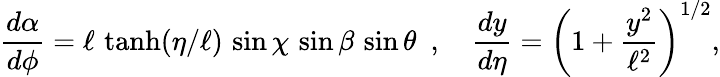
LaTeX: \frac{d\alpha}{d\phi}=\ell\, \operatorname{tanh}(\eta/\ell)\, \sin\chi\, \sin\beta\, \sin\theta\, \, \, ,\, \, \, \, \, \, \frac{dy}{d\eta}=\left(1+\frac{y^{2}}{\ell^{2}}\right)^{1/2},